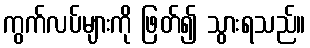
ကွက်လပ်များကို ဖြတ်၍ သွားရသည်။